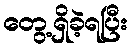
တွေ့ရှိခဲ့ရပြီး